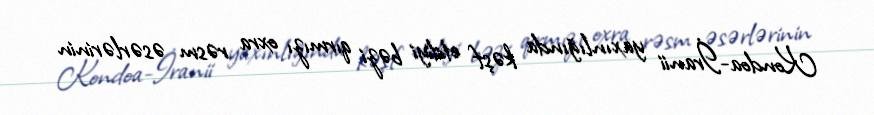
Kondoa-İranii yaxınlığında kəşf etdiyi bəzi qırmızı oxra rəsm əsərlərinin